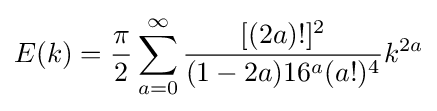
E(k)={\frac {\pi }{2}}\sum _{a=0}^{\infty }{\frac {[(2a)!]^{2}}{(1-2a)16^{a}(a!)^{4}}}k^{2a}